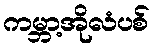
ကမ္ဘာ့အိုလံပစ်